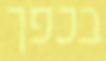
בכפך